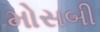
મોસબી